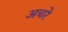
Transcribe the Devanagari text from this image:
अचरे